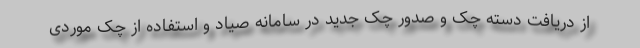
از دریافت دسته چک و صدور چک جدید در سامانه صیاد و استفاده از چک موردی